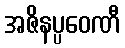
အဇိနပ္ပဝေဏီ